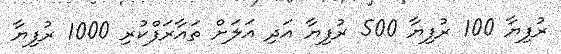
ރުފިޔާ 100 ރުފިޔާ 500 ރުފިޔާ އަދި އަލަށް ތައާރަފްކުރި 1000 ރުފިޔާ